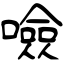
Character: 噞